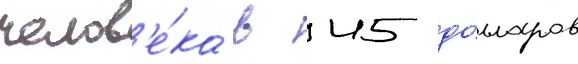
челов'е́ка в 45 до́лларов